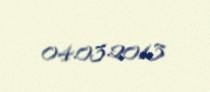
04.03.2013